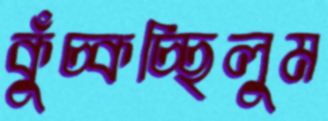
কুঁচ্‌কচ্ছিলুম